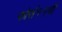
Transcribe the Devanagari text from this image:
फोर्स११ची